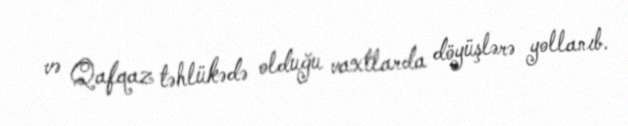
və Qafqaz təhlükədə olduğu vaxtlarda döyüşlərə yollanıb.